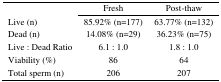
|  | Fresh | Post-thaw |
 | --- | --- | --- |
 | Live (n) | 85.92% (n=177) | 63.77% (n=132) |
 | Dead (n) | 14.08% (n=29) | 36.23% (n=75) |
 | Live : Dead Ratio | 6.1 : 1.0 | 1.8 : 1.0 |
 | Viability (%) | 86 | 64 |
 | Total sperm (n) | 206 | 207 |